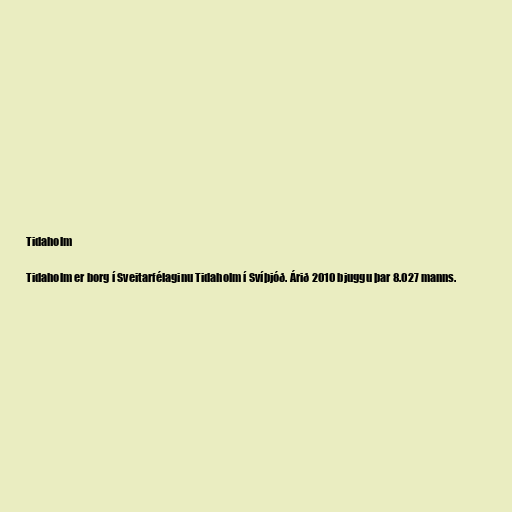
Tidaholm

Tidaholm er borg í Sveitarfélaginu Tidaholm í Svíþjóð. Árið 2010 bjuggu þar 8.027 manns.